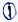
Text: 1